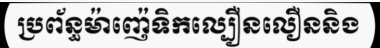
ប្រព័ន្ធម៉ាញ៉េទិកល្បឿនលឿននិង